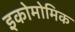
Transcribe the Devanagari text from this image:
इकोमोमिक